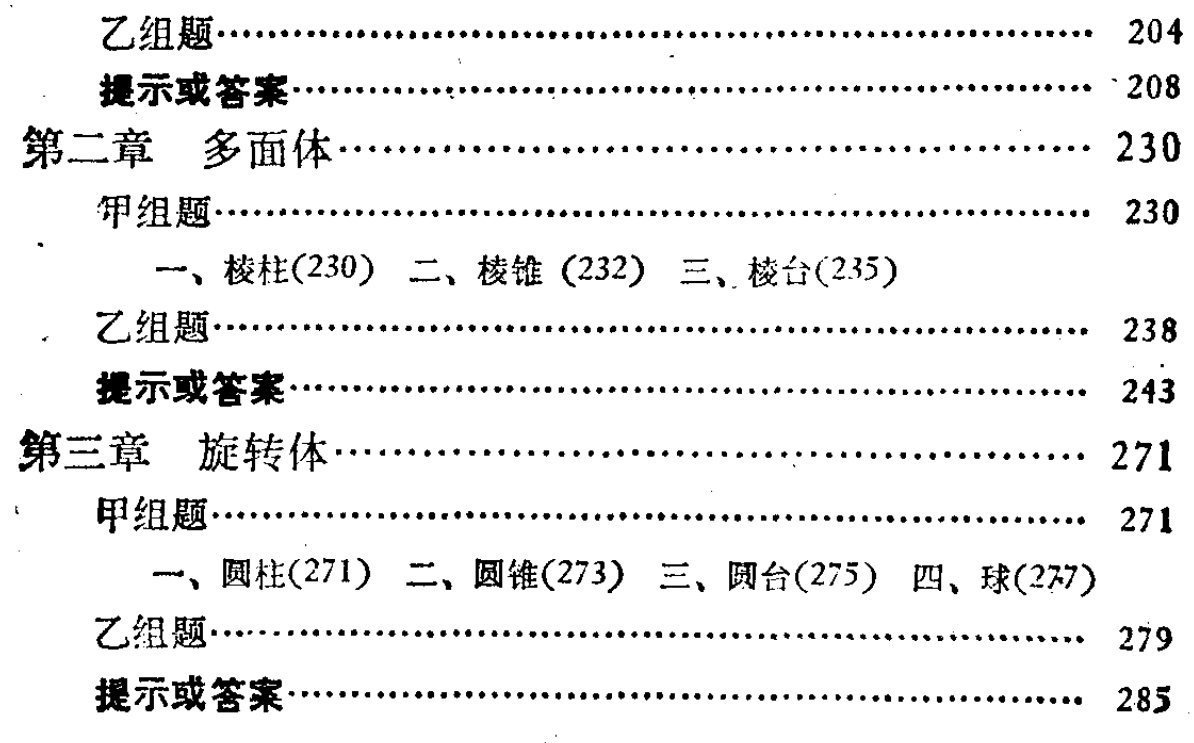
乙组题................................................ 204

提示或答案................................................ 208

第二章 多面体................................................ 230

  甲组题................................................ 230

    一、棱柱(230) 二、棱锥 (232) 三、棱台(235)

  乙组题................................................ 238

  提示或答案................................................ 243

第三章 旋转体................................................ 271

  甲组题................................................ 271

    一、圆柱(271) 二、圆锥(273) 三、圆台(275) 四、球(277)

  乙组题................................................ 279

  提示或答案................................................ 285